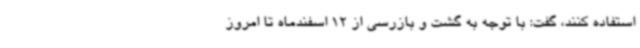
استفاده کنند، گفت: با توجه به گشت و بازرسی از 12 اسفندماه تا امروز